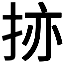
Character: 𫼬